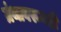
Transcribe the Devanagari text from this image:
ग्रंथावरूनही